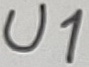
Text: U1